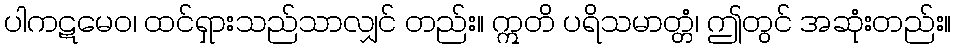
ပါကဋမေဝ၊ ထင်ရှားသည်သာလျှင် တည်း။ ဣတိ ပရိသမာတ္တံ၊ ဤတွင် အဆုံးတည်း။